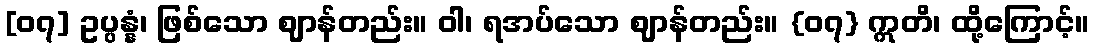
[၀၇] ဥပ္ပန္နံ၊ ဖြစ်သော ဈာန်တည်း။ ဝါ၊ ရအပ်သော ဈာန်တည်း။ {၀၇} ဣတိ၊ ထို့ကြောင့်။